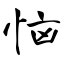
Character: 恼